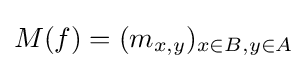
M(f)=(m_{x,y})_{x\in B,y\in A}